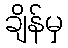
ချိန်မှ